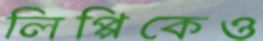
লিপ্পিকেও